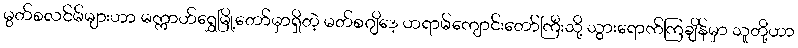
မွတ်စလင်မ်များဟာ မက္ကာဟ်ရွှေမြို့တော်မှာရှိတဲ့ မတ်စဂျိဒေ့ ဟရာမ်ကျောင်းတော်ကြီးသို့ သွားရောက်ကြချိန်မှာ သူတို့ဟာ